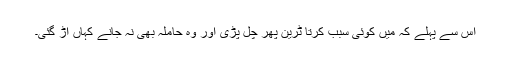
اس سے پہلے کہ میں کوئی سبب کرتا ٹرین پھر چل پڑی اور وہ حاملہ بھی نہ جانے کہاں اُڑ گئی۔